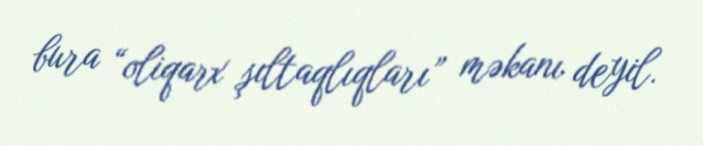
bura “oliqarx şıltaqlıqları” məkanı deyil.